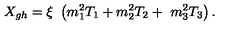
X _ { g h } = \xi \ \left( m _ { 1 } ^ { 2 } T _ { 1 } + m _ { 2 } ^ { 2 } T _ { 2 } + \ m _ { 3 } ^ { 2 } T _ { 3 } \right) .